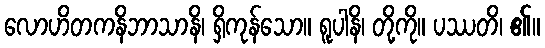
လောဟိတကနိဘာသာနိ၊ ရှိကုန်သော။ ရူပါနိ၊ တို့ကို။ ပဿတိ၊ ၏။